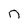
Character: n